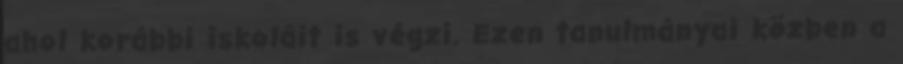
ahol korábbi iskoláit is végzi. Ezen tanulmányai közben a